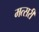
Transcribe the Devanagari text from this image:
मत्सरी